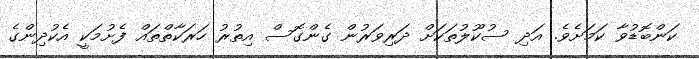
ކަންބޮޑުވާ ކަމަށެވެ. އަދި ސުކޫލުތަކަށް ދަރިވަރުން ގެންގޮސް އިތުރު ހަރަކާތްތައް ފެށުމަކީ އެކުދިންގެ